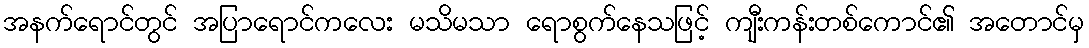
အနက်ရောင်တွင် အပြာရောင်ကလေး မသိမသာ ရောစွက်နေသဖြင့် ကျီးကန်းတစ်ကောင်၏ အတောင်မှ